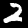
Digit: 2